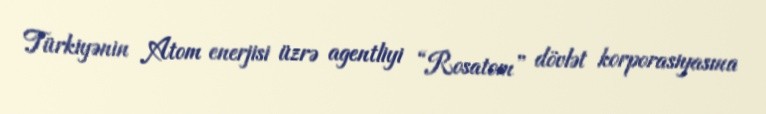
Türkiyənin Atom enerjisi üzrə agentliyi “Rosatom” dövlət korporasiyasına